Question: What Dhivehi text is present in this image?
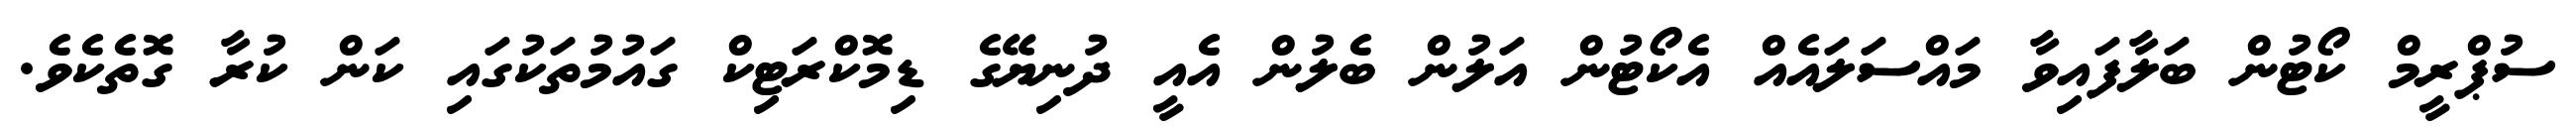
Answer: ސުޕްރީމް ކޯޓުން ބަލާފައިވާ މައްސަލައެއް އެކޯޓުން އަލުން ބެލުން އެއީ ދުނިޔޭގެ ޑިމޮކްރަޓިކް ގައުމުތަކުގައި ކަން ކުރާ ގޮތެކެވެ.